Document type: Sale
Year: 1439
Scribe: Arnau d'Illes
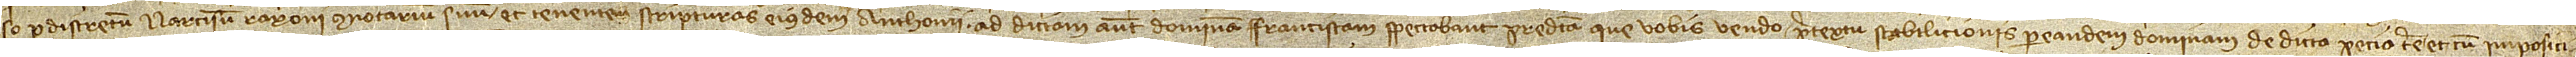
so per discretum Narcisum Rayoni, connotarium suum et tenentem scripturas eiusdem Anthonii, ad dictam autem dominam Franciscam spectabant predicta que vobis vendo pretextu stabilicionis per eandem dominam de dicta pecia terre et cum impositi-